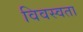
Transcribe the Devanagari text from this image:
विवस्वता